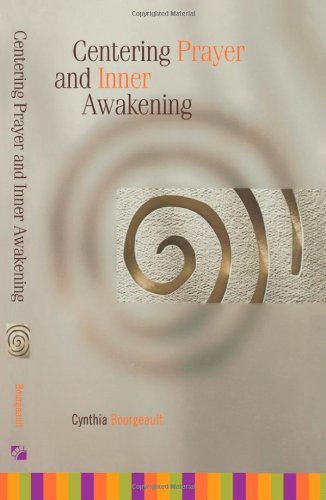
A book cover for Centering Prayer and Inner Awakening; Cynthia Bourgeault; Christian Books & Bibles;